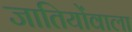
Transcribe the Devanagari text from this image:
जातियोंवाला